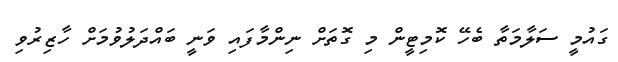
ގައުމީ ސަލާމަތާ ބެހޭ ކޮމިޓީން މި ގޮތަށް ނިންމާފައި ވަނީ ބައްދަލުވުމަށް ހާޒިރުވި